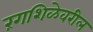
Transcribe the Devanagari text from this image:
रंगशिळेवरील